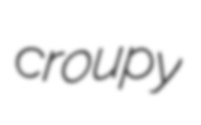
croupy